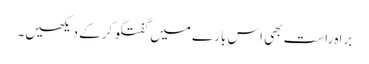
براہ راست بھی اس بارے میں گفتگو کرکے دیکھیں۔